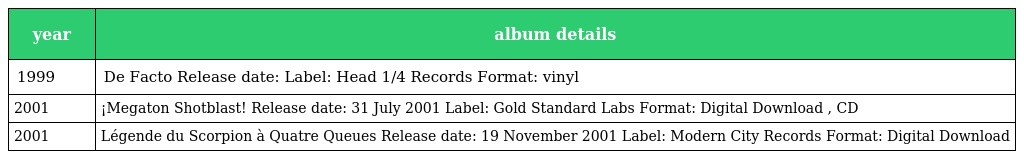
| year | album details |
 | --- | --- |
 | 1999 | De Facto Release date: Label: Head 1/4 Records Format: vinyl |
 | 2001 | ¡Megaton Shotblast! Release date: 31 July 2001 Label: Gold Standard Labs Format: Digital Download , CD |
 | 2001 | Légende du Scorpion à Quatre Queues Release date: 19 November 2001 Label: Modern City Records Format: Digital Download |